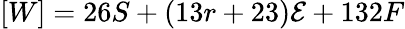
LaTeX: [W]=26S+(13r+23){\cal{E}}+132F